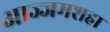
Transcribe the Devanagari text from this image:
आज्जमशहा